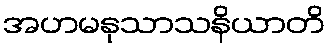
အဟမနုသာသနိယာတိ